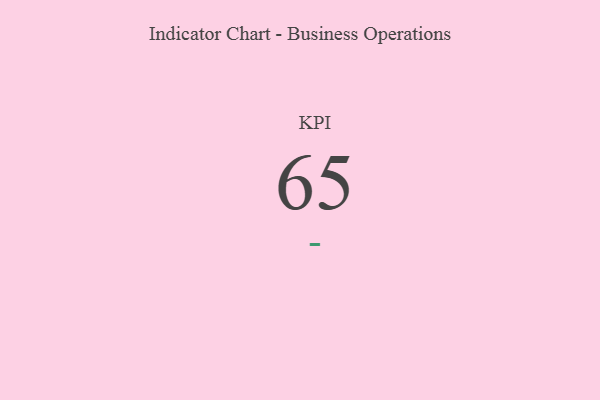
{"axis": {"x": "KPI", "y": "Value"}, "legend": [""], "data": [{"x": "KPI", "y": 65, "type": ""}]}